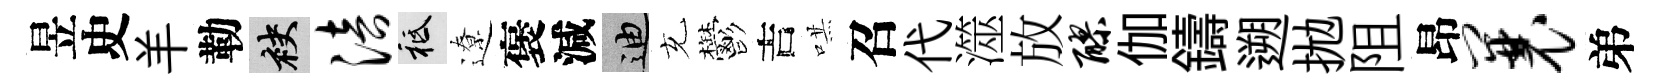
昱史羊勒袂涪祇遼褒減迪充鬱吉哄召代澨放醪伽鑄遡拋阻昂曩弟